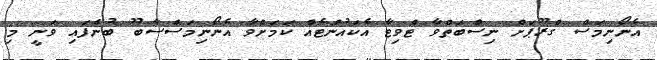
އެނޯނިމަސް ގްރޫޕަށް ނިސްބަތްވާ ޓްވިޓާ އެކައުންޓެއް ކަމަށްވާ އެނޯނިމަސްސާބޫ ބުނެފައި ވަނީ މި